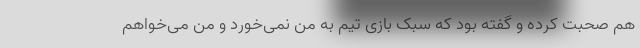
هم صحبت کرده و گفته بود که سبک بازی تیم به من نمی‌خورد و من می‌خواهم